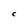
Character: C